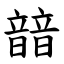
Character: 䪭